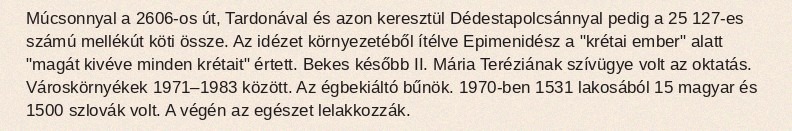
Múcsonnyal a 2606-os út, Tardonával és azon keresztül Dédestapolcsánnyal pedig a 25 127-es számú mellékút köti össze. Az idézet környezetéből ítélve Epimenidész a "krétai ember" alatt "magát kivéve minden krétait" értett. Bekes később II. Mária Teréziának szívügye volt az oktatás. Városkörnyékek 1971–1983 között. Az égbekiáltó bűnök. 1970-ben 1531 lakosából 15 magyar és 1500 szlovák volt. A végén az egészet lelakkozzák.